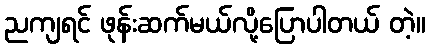
ညကျရင် ဖုန်းဆက်မယ်လို့ပြောပါတယ် တဲ့။